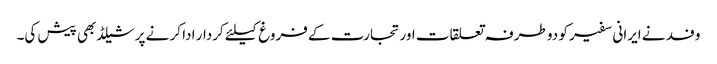
وفد نے ایرانی سفیر کو دو طرفہ تعلقات اور تجارت کے فروغ کیلئے کردار ادا کر نے پر شیلڈ بھی پیش کی۔